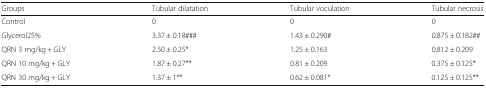
| Groups | Tubular dilatation | Tubular voculation | Tubular necrosis |
 | --- | --- | --- | --- |
 | Control | 0 | 0 | 0 |
 | Glycerol25% | 3.37 ± 0.18### | 1.43 ± 0.290# | 0.875 ± 0.182## |
 | QRN 3 mg/kg + GLY | 2.50 ± 0.25* | 1.25 ± 0.163 | 0.812 ± 0.209 |
 | QRN 10 mg/kg + GLY | 1.87 ± 0.27** | 0.81 ± 0.209 | 0.375 ± 0.125* |
 | QRN 30 mg/kg + GLY | 1.37 ± 1** | 0.62 ± 0.081* | 0.125 ± 0.125** |